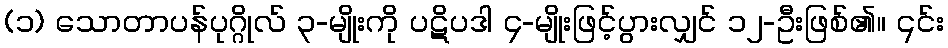
(၁) သောတာပန်ပုဂ္ဂိုလ် ၃-မျိုးကို ပဋိပဒါ ၄-မျိုးဖြင့်ပွားလျှင် ၁၂-ဦးဖြစ်၏။ ၎င်း